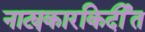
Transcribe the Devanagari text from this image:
नाट्यकारकिर्दीत